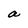
Character: a